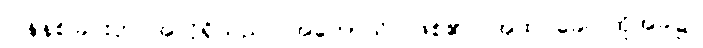
ပြန်နစ်ခြင်းငှာ အလိုရှိသည်။ အဟောသိ၊ ဖြစ်၏။ အထ ခေါ၊ ထိုအခါ၌။